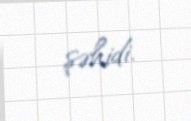
şəhidi.